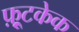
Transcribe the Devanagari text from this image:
फ़्रूटकेक